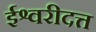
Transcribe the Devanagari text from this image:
ईश्वरीदत्त